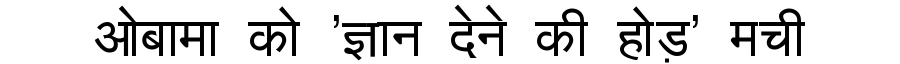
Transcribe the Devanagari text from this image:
ओबामा को 'ज्ञान देने की होड़' मची